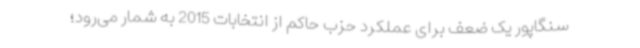
سنگاپور یک ضعف برای عملکرد حزب حاکم از انتخابات 2015 به شمار می‌رود؛